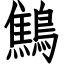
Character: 鷦